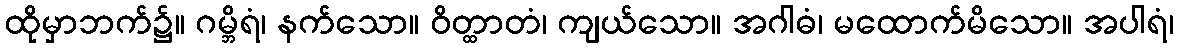
ထိုမှာဘက်၌။ ဂမ္ဘိရံ၊ နက်သော။ ဝိတ္ထာတံ၊ ကျယ်သော။ အဂါဓံ၊ မထောက်မိသော။ အပါရံ၊